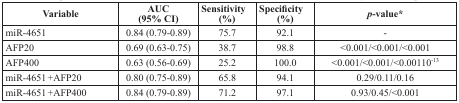
<table><thead><tr><td><b>Variable</b></td><td><b>AUC (95% CI)</b></td><td><b>Sensitivity (%)</b></td><td><b>Specificity (%)</b></td><td><b><i>p</i>-value*</b></td></tr></thead><tbody><tr><td>miR-4651</td><td>0.84 (0.79-0.89)</td><td>75.7</td><td>92.1</td><td>-</td></tr><tr><td>AFP20</td><td>0.69 (0.63-0.75)</td><td>38.7</td><td>98.8</td><td>&lt;0.001/&lt;0.001/&lt;0.001</td></tr><tr><td>AFP400</td><td>0.63 (0.56-0.69)</td><td>25.2</td><td>100.0</td><td>&lt;0.001/&lt;0.001/&lt;0.00110<sup>−13</sup></td></tr><tr><td>miR-4651 +AFP20</td><td>0.80 (0.75-0.89)</td><td>65.8</td><td>94.1</td><td>0.29/0.11/0.16</td></tr><tr><td>miR-4651 +AFP400</td><td>0.84 (0.79-0.89)</td><td>71.2</td><td>97.1</td><td>0.93/0.45/&lt;0.001</td></tr></tbody></table>